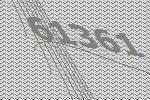
61361